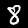
Digit: 8